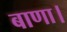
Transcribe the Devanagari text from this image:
बाणा।